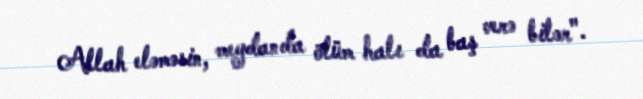
Allah eləməsin, meydanda ölüm halı da baş verə bilər".